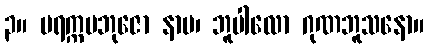
၃။ ပရက္ကမဘုဇော နာမ၊ ဘူပါလော ဂုဏဘူသနော။